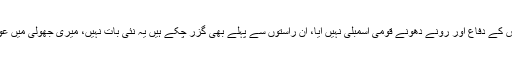
انہوں نے کہا کہ میں اپنے کیس کے دفاع اور رونے دھونے قومی اسمبلی نہیں آیا، ان راستوں سے پہلے بھی گزر چکے ہیں یہ نئی بات نہیں، میری جھولی میں عوامی خدمت کے سوا کچھ نہیں۔